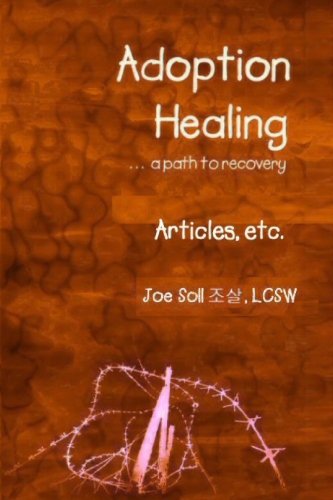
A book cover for Adoption Healing... a path to recovery Articles, etc.; Joe Soll; Self-Help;